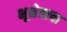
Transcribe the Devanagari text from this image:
भूक्षेत्राचा